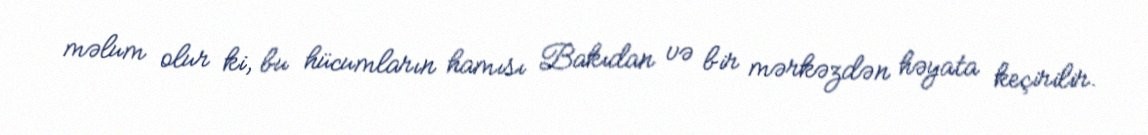
məlum olur ki, bu hücumların hamısı Bakıdan və bir mərkəzdən həyata keçirilir.